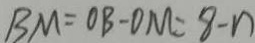
B M = O B - O M = 8 - n